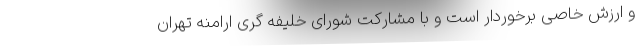
و ارزش خاصی برخوردار است و با مشارکت شورای خلیفه گری ارامنه تهران